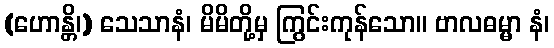
(ဟောန္တိ၊) သေသာနံ၊ မိမိတို့မှ ကြွင်းကုန်သော။ ဗာလဓမ္မာ နံ၊